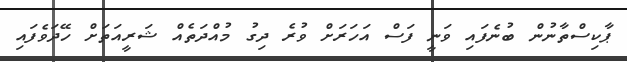
ޕާކިސްތާނުން ބުނެފައި ވަނީ ފަސް އަހަރަށް ވުރެ ދިގު މުއްދަތެއް ޝަރީއަަތަށް ހޭދަވެފައި